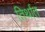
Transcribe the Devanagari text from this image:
तिर्थात